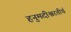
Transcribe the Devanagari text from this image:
हनुमदीश्वरतीर्थ